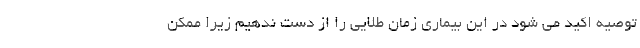
توصیه اکید می شود در این بیماری زمان طلایی را از دست ندهیم زیرا ممکن